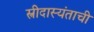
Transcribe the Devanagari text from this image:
स्त्रीदास्यंताची